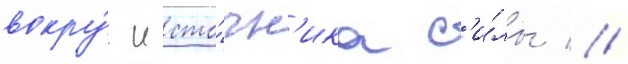
вокру́г исто́чн'ика с'и́лы //